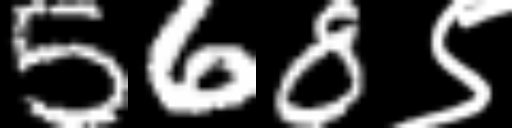
Text: 568९